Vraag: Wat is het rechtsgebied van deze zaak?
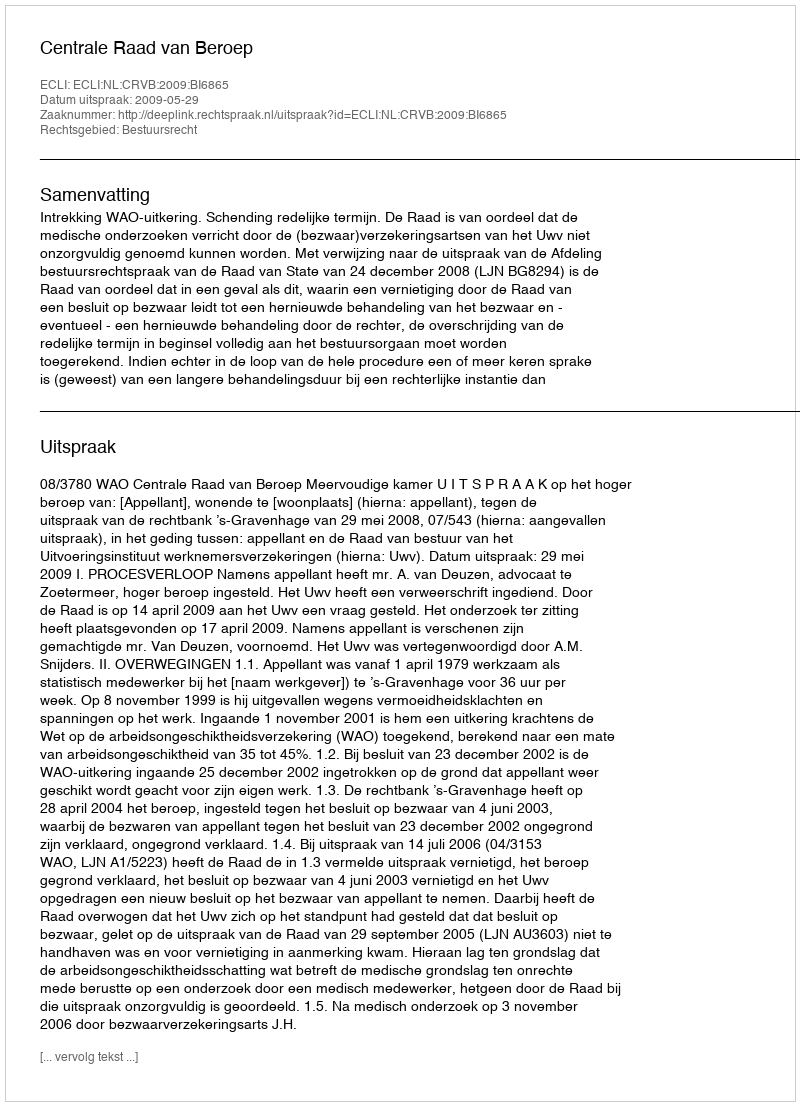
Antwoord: Bestuursrecht